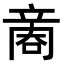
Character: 𠹧